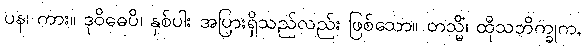
ပန၊ ကား။ ဒုဝိဓေပိ၊ နှစ်ပါး အပြားရှိသည်လည်း ဖြစ်သော။ တသ္မိံ၊ ထိုသဘိက္ခုက,